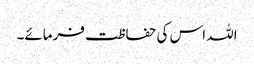
اللہ اس کی حفاظت فرمائے۔